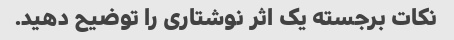
نکات برجسته یک اثر نوشتاری را توضیح دهید.